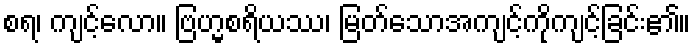
စရ၊ ကျင့်လော။ ဗြဟ္မစရိယဿ၊ မြတ်သောအကျင့်ကိုကျင့်ခြင်း၏။